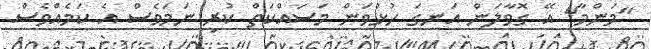
"މަންމާ" އޭ ގޮވާލަން އަނގަ ހުޅުވަން މަސައްކަތް ކުރި ނަމަވެސް އެ ކަމެއްވެސް